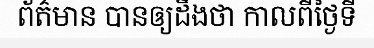
ព័ត៌មាន បានឲ្យដឹងថា កាលពីថ្ងៃទី